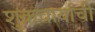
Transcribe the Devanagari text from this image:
शुक्रचार्याची